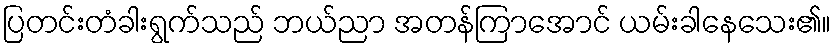
ပြတင်းတံခါးရွက်သည် ဘယ်ညာ အတန်ကြာအောင် ယမ်းခါနေသေး၏။